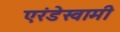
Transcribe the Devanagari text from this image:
एरंडेस्वामी